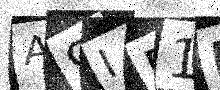
Text: A9IR1D